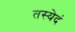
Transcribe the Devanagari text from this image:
तस्येदं